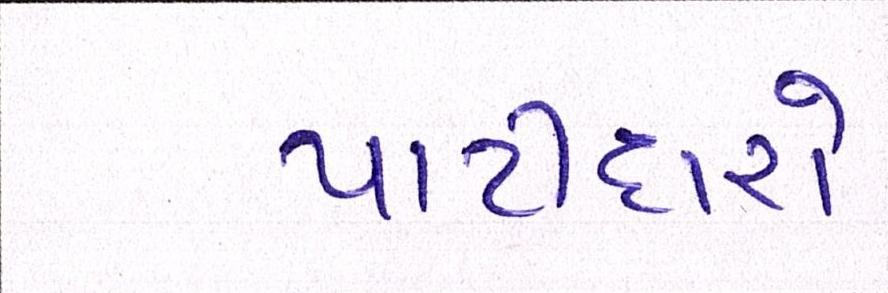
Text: પાટીદારો